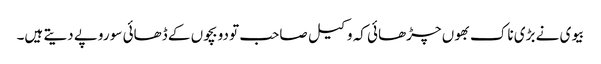
بیوی نے بڑی ناک بھوں چڑھائی کہ وکیل صاحب تو دو بچوں کے ڈھائی سو روپے دیتے ہیں۔